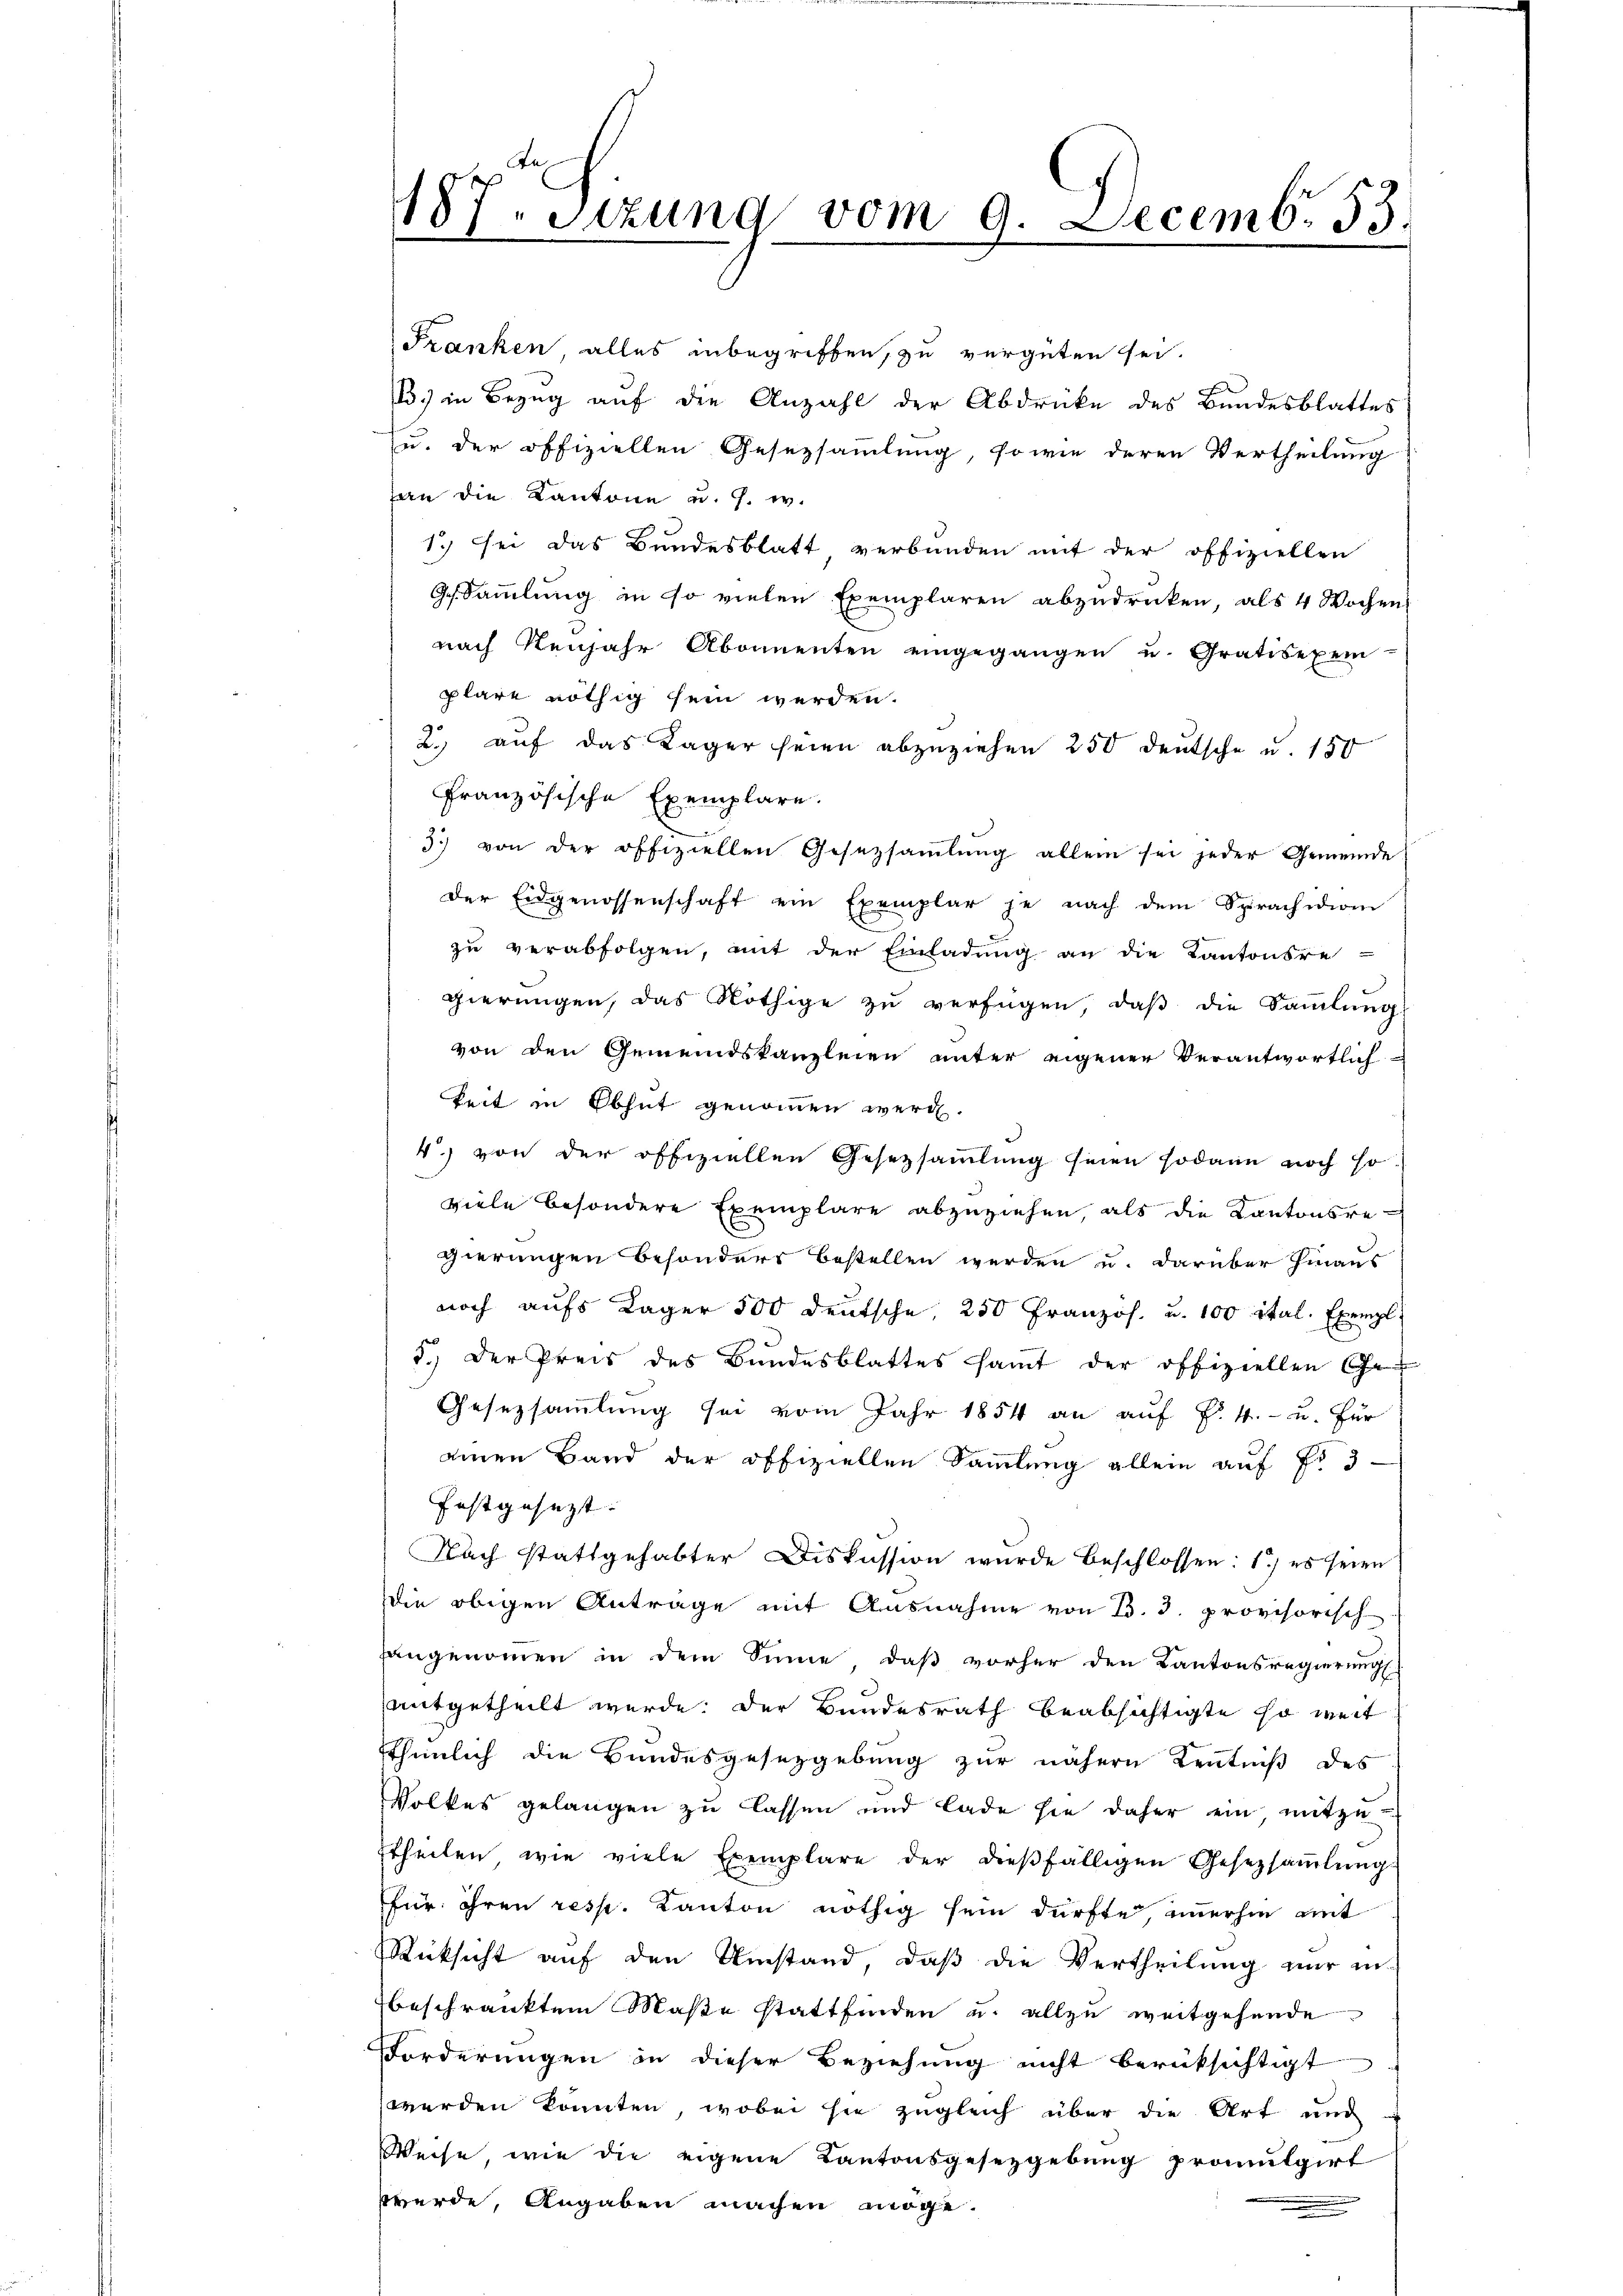
187. Sitzung vom 9. Decemb. 53.

Franken alles inbegriffen, zu vergüten sei.
13.) in Bezug auf die Anzahl der Abdrücke des Bundesblattes
u. der offiziellen Gesetzsamlung, sowie deren Vertheilung
an die Kantone u. s. w.
1.) Sei das Bundesblatt verbunden mit der offiziellen
Gessammlung in so vielen Exemplaren abzudrücken, als 4 Wochen
nach Neujahr Abonnenten eingegangen u. Gratisexem-
plare nöthig sein werden.
2.) auf das Lager seien abzuziehen 250 deutsche u. 150
französische Exemplare.
3) von der offiziellen Gesezsaṁlŭng allein sei jeder Gemeinde
der Eidgenossenschaft ein Exemplar je nach dem Sprachidion
zu verabfolgen, mit der Einladung an die Kantonsre-
gierungen, das Nöthige zu verfügen, daß die Sammlung
von den Gemeindskanzleien unter eigenen Verantwortlich
keit in Obhut genommen werde.
4.) von der offiziellen Gesetzsammlung seien sodann noch so
viele besondere Exemplare abzuziehen, als die Kantonsregierungen Besonders bestellen werden u. darüber hinaus
noch aufs Lager 500 deutsche, 250 Französ. u. 100 ital. Exempl
5.) Der Preis des Bŭndesblattes saṁt der offiziellen Ge¬
Gesezsaṁlŭng sei vom Jahr 1854 an auf §. 4.- u. für
ainen Band der offiziellen Sammlung allein auf Fr. 3
festgesezt.
Nach stattgehabter Diskussion wurde beschlossen: 1) es seien
die obigen Anträge mit Ausnahme von B. 3. provisorisch
hangenommen in dem Sinne, daß vorher den Kantonsregierungs
mitgetheilt werde, der Bundesrath beabsichtigte so weit
Thenlich die Bundesgesezgebung zur nähern Kenntniß des
Volkes gelangen zu lassen und lade sie daher ein, mitzu¬
Etheilen wie viele Exemplare der dieβfälligen Gesetzsaṁlŭngs
für ihren resp. Kanton nöthig sein dürfte, immerhin mit
Rücksicht auf den Umstand, daß die Vertheilung nur in
beschränktem Maße stattfinden u. allzu weitgehende
Forderungen in dieser Beziehung nicht berücksichtigt
werden könnten, wobei sie zugleich über die Art und
Weise, wie die eigene Kantonsgesezgebung promulgirt
werde, Angaben machen möge.